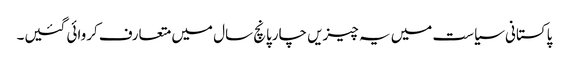
پاکستانی سیاست میں یہ چیزیں چارپانچ سال میں متعارف کروائی گئیں۔